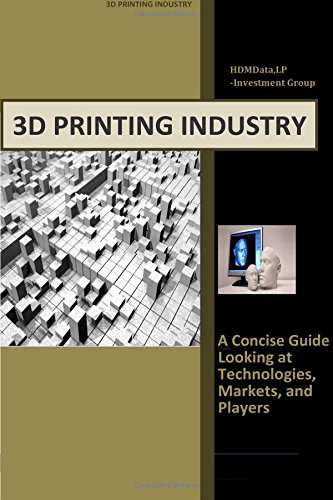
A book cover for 3d Printing Industry - Concise Guide: Getting up to Speed with 3D Printing Trends (Industry Investment Guides); Timothy J Wolf; Computers & Technology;